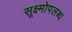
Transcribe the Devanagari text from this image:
सूक्ष्मोपलब्ध